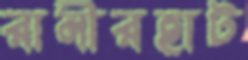
রানীরহাট